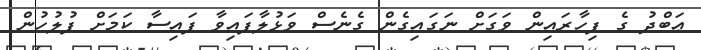
ޢަބްދު ގެ ފިހާރައިން ވަގަށް ނަގައިގެން ގެނެސް ވަޅުލާފައިވާ ފައިސާ ކަމަށް ފުލުހުން